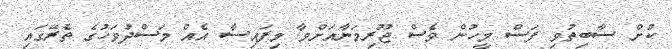
ކުށް ސާބިތުވި ފަސް މީހުން ވެސް ޖޫރިމަނާއަށްވާ މިފައިސާ އެއް މަސްދުވަހުގެ ތެރޭގައި